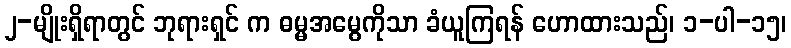
၂-မျိုးရှိရာတွင် ဘုရားရှင် က ဓမ္မအမွေကိုသာ ခံယူကြရန် ဟောထားသည်၊ ၁-ပါ-၁၅၊